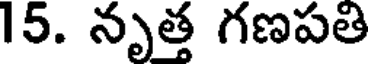
15. నృత్త గణపతి